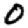
Digit: 0